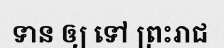
ទាន ឲ្យ ទៅ ព្រះរាជ